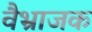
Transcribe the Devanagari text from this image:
वैभ्राजक